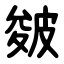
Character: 皴